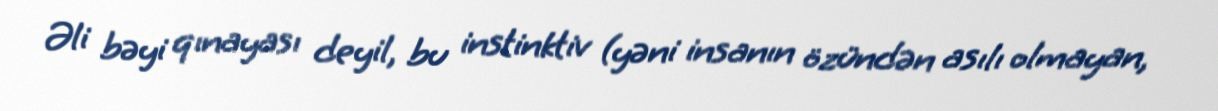
Əli bəyi qınayası deyil, bu instinktiv (yəni insanın özündən asılı olmayan,